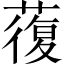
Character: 蕧